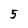
Character: 5